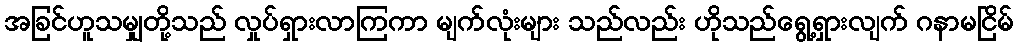
အခြင်ဟူသမျှတို့သည် လှုပ်ရှားလာကြကာ မျက်လုံးများ သည်လည်း ဟိုသည်ရွေ့ရှားလျက် ဂနာမငြိမ်